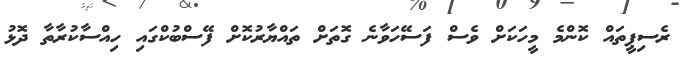
ރެސިޕީތައް ކޮންމެ މީހަކަށް ވެސް ފަސޭހަވާނެ ގޮތަށް ތައްޔާރުކޮށް ފޭސްބުކްގައި ހިއްސާކުރާތާ ދޮޅު